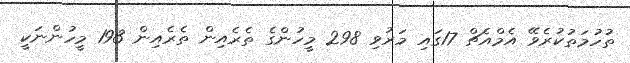
ތުހުމަތުކުރެވޭ އެމްއެޗް 17ގައި މަރުވި 298 މީހުންގެ ތެރެއިން ތެރެއިން 193 މީހުންނަކީ